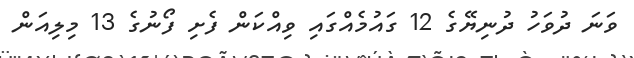
ވަނަ ދުވަހު ދުނިޔޭގެ 12 ގައުމެއްގައި ވިއްކަން ފެށި ފޯނުގެ 13 މިލިއަން